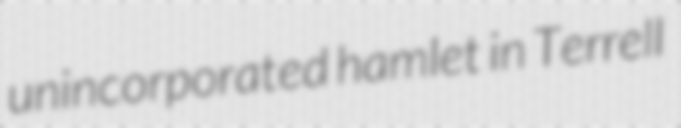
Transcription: unincorporated hamlet in Terrell